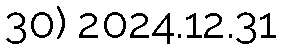
30) 2024.12.31